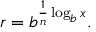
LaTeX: r = b ^ { { \frac { 1 } { n } } \log _ { b } x } .